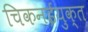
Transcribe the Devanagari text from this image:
चिकनईयुक्त